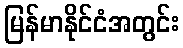
မြန်မာနိုင်ငံအတွင်း